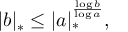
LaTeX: | b | _ { * } \leq | a | _ { * } ^ { \frac { \log b } { \log a } } ,